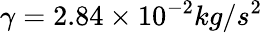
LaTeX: \gamma=2.84\times 10^{-2}kg/s^{2}